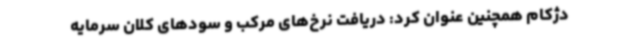
دژکام همچنین عنوان کرد: دریافت نرخ‌های مرکب و سودهای کلان سرمایه